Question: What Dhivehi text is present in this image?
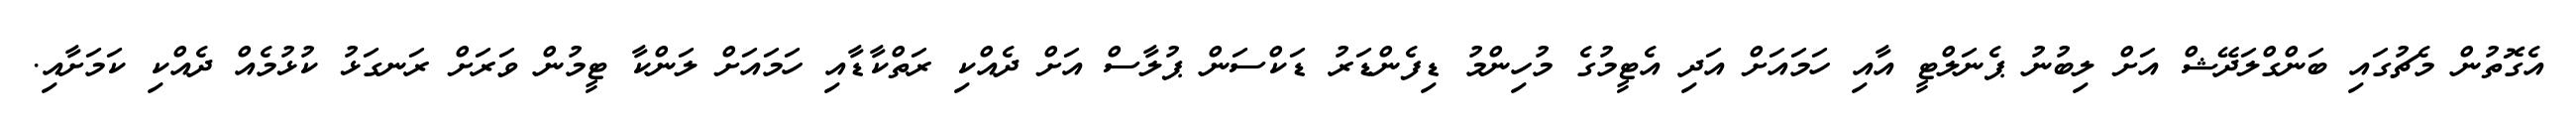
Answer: އެގޮތުން މެޗުގައި ބަންގްލަދޭޝް އަށް ލިބުނު ޕެނަލްޓީ އާއި ހަމައަށް އަދި އެޓީމުގެ މުހިންމު ޑިފެންޑަރު ޑަކްސަން ޕުލާސް އަށް ދެއްކި ރަތްކާޑާއި ހަމައަށް ލަންކާ ޓީމުން ވަރަށް ރަނގަޅު ކުޅުމެއް ދެއްކި ކަމަށާއި.